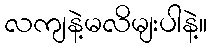
လကျနဲ့မလိမျးပါနဲ့။